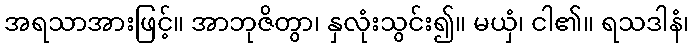
အရသာအားဖြင့်။ အာဘုဇိတွာ၊ နှလုံးသွင်း၍။ မယှံ၊ ငါ၏။ ရသဒါနံ၊